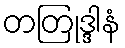
တတြုဒ္ဒါနံ